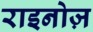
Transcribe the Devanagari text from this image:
राइनोज़